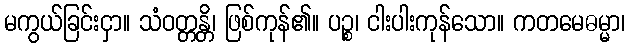
မကွယ်ခြင်းငှာ။ သံဝတ္တန္တိ၊ ဖြစ်ကုန်၏။ ပဉ္စ၊ ငါးပါးကုန်သော။ ကတမေဓမ္မာ၊